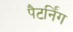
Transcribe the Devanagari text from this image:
पैटर्निंग